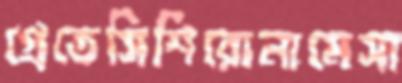
প্রেতেসিশিরোনামেসা